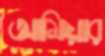
আমিয়ার